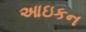
આઇકન